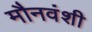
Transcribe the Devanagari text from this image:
मौनवंशी